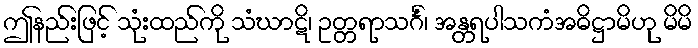
ဤနည်းဖြင့် သုံးထည်ကို သံဃာဋိ၊ ဥတ္တရာသင်္ဂံ၊ အန္တရပါသကံအဓိဋ္ဌာမိဟု မိမိ